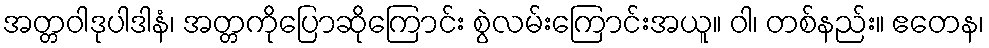
အတ္တဝါဒုပါဒါနံ၊ အတ္တကိုပြောဆိုကြောင်း စွဲလမ်းကြောင်းအယူ။ ဝါ၊ တစ်နည်း။ ဧတေန၊